Vaccination in Burma 1920-1933 - 1920-1933
Year: 1920
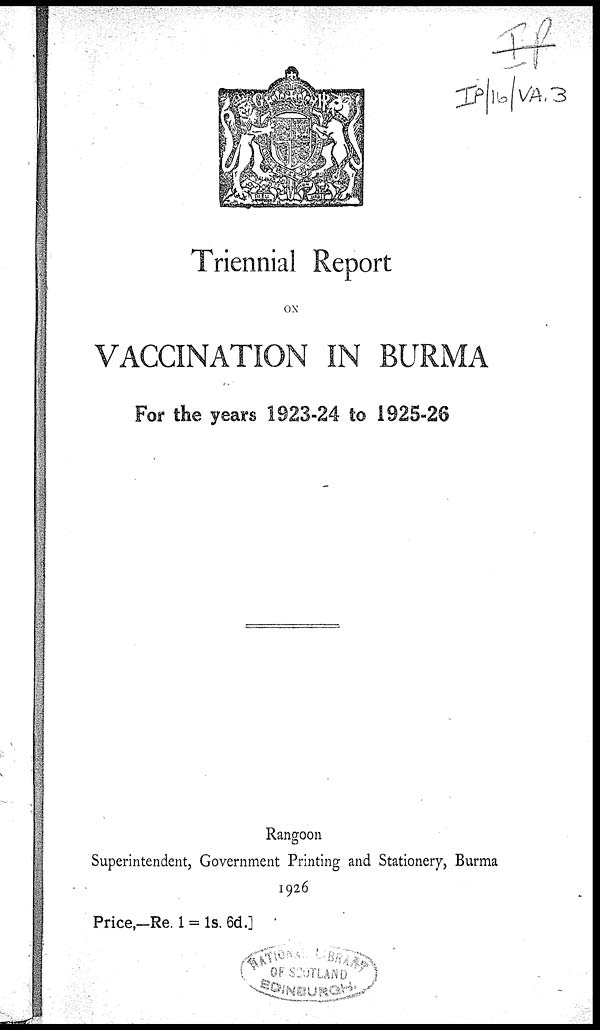
Triennial Report
ON
VACCINATION IN BURMA
For the years 1923-24 to 1925-26
Rangoon
Superintendent, Government Printing and Stationery, Burma
1926
Price,—Re. 1 = 1s. 6d.]